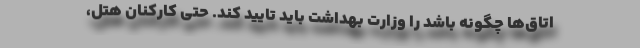
اتاق‌ها چگونه باشد را وزارت بهداشت باید تایید کند. حتی کارکنان هتل،